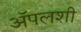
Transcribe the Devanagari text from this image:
अॅपलशी